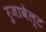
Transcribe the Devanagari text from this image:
रुजावेल्ट